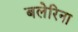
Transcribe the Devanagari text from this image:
बलेरिना